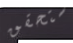
ستحقق